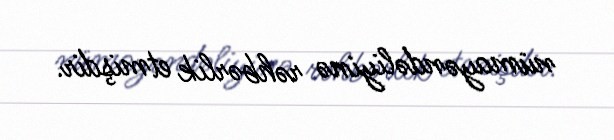
nümayəndəliyinə rəhbərlik etmişdir.